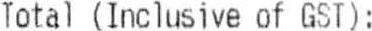
TOTAL (INCLUSIVE OF GST):